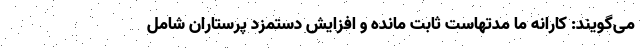
می‌گویند: کارانه ما مدتهاست ثابت مانده و افزایش دستمزد پرستاران شامل